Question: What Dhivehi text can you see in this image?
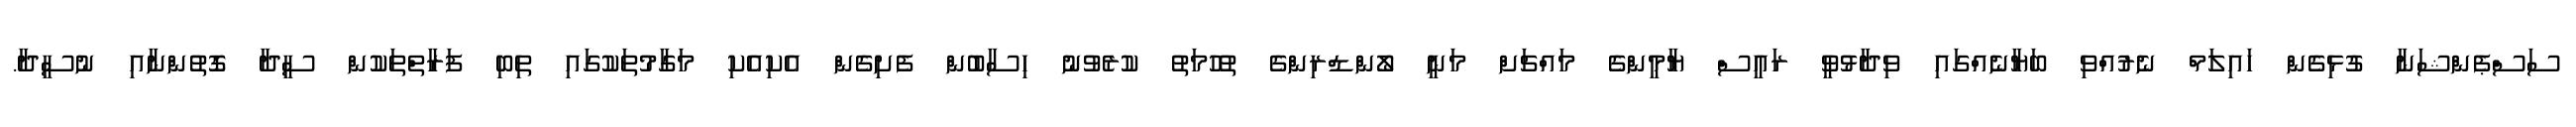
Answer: ސަސްޕެންޝަނާ ގުޅިގެން ހައިލަމް ނެރުއްވި ބަޔާނެއްގައި ވިދާޅުވީ ރައީސް ޔާމީންގެ މައްޗަށް މަނީ ލޯންޑްރިންގެ ތުހުމަތު ކުރެވުނު ހިސާބުން ފެށިގެން އެކިއެކި މަގާމުތަކުގައި ތިބި ފަރާތްތަކުން ސީދާ ގޮތުންނާއި ނުސީދާ.